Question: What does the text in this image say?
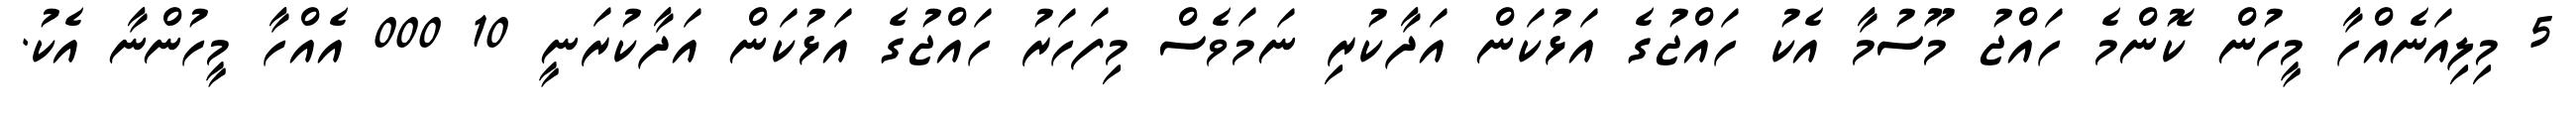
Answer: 5 މިލިއަނެއްހާ މީހުން ކޮންމެ ހައްޖު މޫސުމާ އެކު ހައްޖުގެ އަޅުކަން އަދާކުރި ނަމަވެސް މިފަހަރު ހައްޖުގެ އަޅުކަން އަދާކުރަނީ 10 000 އެއްހާ މީހުންނާ އެކު.